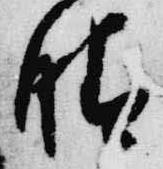
晴